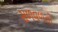
સળવળતો